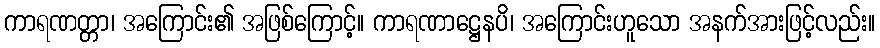
ကာရဏတ္တာ၊ အကြောင်း၏ အဖြစ်ကြောင့်။ ကာရဏာဋ္ဌေနပိ၊ အကြောင်းဟူသော အနက်အားဖြင့်လည်း။